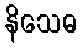
နိသေဓ